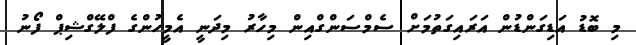
މި ބޮޑު އަޑިގަންޑުން އަރައިގަތުމަށް ސެމްސަންގްއިން މިހާރު މިދަނީ އެމީހުންގެ ފްލޭގްޝިޕް ފޯނު